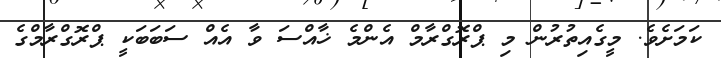
ކަމަށެވެ. މީގެއިތުރުން މި ޕްރޮގްރާމް އެންމެ ޚާއްސަ ވާ އެއް ސަބަބަކީ ޕްރޮގްރާމްގެ